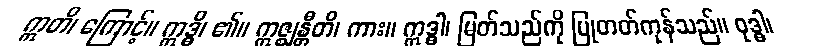
ဣတိ၊ ကြောင့်။ ဣဒ္ဓိ၊ ၏။ ဣဇ္ဈန္တီတိ၊ ကား။ ဣဒ္ဓါ၊ မြတ်သည်ကို ပြုတတ်ကုန်သည်။ ဝုဒ္ဓါ၊